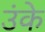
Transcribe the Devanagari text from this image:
उंके